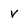
Character: v